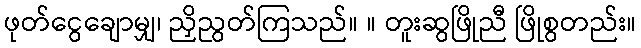
ဖုတ်ငွေချောမျှ၊ ညှိညွတ်ကြသည်။ ။ တူးဆွဖြိုညီ ဖြိုစွတည်း။